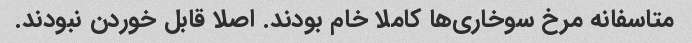
متاسفانه مرخ سوخاری‌ها کاملا خام بودند. اصلا قابل خوردن نبودند.